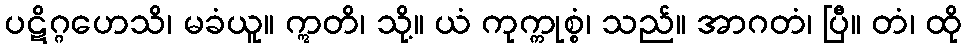
ပဋိဂ္ဂဟေသိ၊ မခံယူ။ ဣတိ၊ သို့။ ယံ ကုက္ကုစ္စံ၊ သည်။ အာဂတံ၊ ပြီ။ တံ၊ ထို